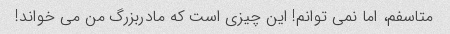
متاسفم، اما نمی توانم! این چیزی است که مادربزرگ من می خواند!